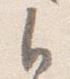
自